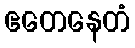
ဧတေနေတံ